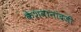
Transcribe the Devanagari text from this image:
केशवानांदजी